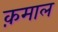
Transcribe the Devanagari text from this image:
क़माल